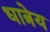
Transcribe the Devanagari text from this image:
धात्रेय